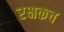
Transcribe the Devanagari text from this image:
रक्षकच